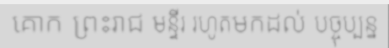
គោក ព្រះរាជ មន្ទីរ រហូតមកដល់ បច្ចុប្បន្ន